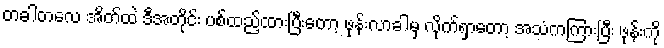
တခါတလေ အိတ်ထဲ ဒီအတိုင်း ပစ်ထည့်ထားပြီးတော့ ဖုန်းလာခါမှ လိုက်ရှာတော့ အသံကကြားပြီး ဖုန်းကို